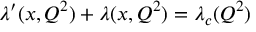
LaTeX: \lambda ^ { \prime } ( x , Q ^ { 2 } ) + \lambda ( x , Q ^ { 2 } ) = \lambda _ { c } ( Q ^ { 2 } )